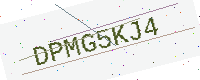
Text: DPMG5KJ4